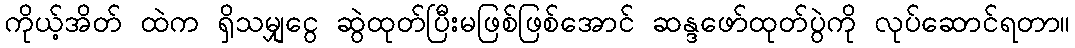
ကိုယ့်အိတ် ထဲက ရှိသမျှငွေ ဆွဲထုတ်ပြီးမဖြစ်ဖြစ်အောင် ဆန္ဒဖော်ထုတ်ပွဲကို လုပ်ဆောင်ရတာ။